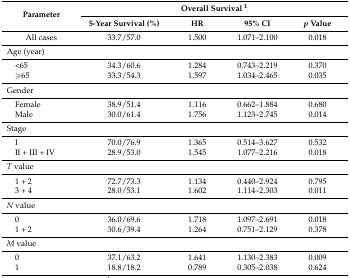
<table><thead><tr><td rowspan="2"><b>Parameter</b></td><td colspan="4"><b>Overall Survival <sup>1</sup></b></td></tr><tr><td><b>5-Year Survival (%)</b></td><td><b>HR</b></td><td><b>95% CI</b></td><td><b><i>p</i> Value</b></td></tr></thead><tbody><tr><td>All cases</td><td>33.7/57.0</td><td>1.500</td><td>1.071–2.100</td><td>0.018</td></tr><tr><td colspan="5">Age (year)</td></tr><tr><td> &lt;65</td><td>34.3/60.6</td><td>1.284</td><td>0.743–2.219</td><td>0.370</td></tr><tr><td> ≥65</td><td>33.3/54.3</td><td>1.597</td><td>1.034–2.465</td><td>0.035</td></tr><tr><td colspan="5">Gender</td></tr><tr><td> Female</td><td>38.9/51.4</td><td>1.116</td><td>0.662–1.884</td><td>0.680</td></tr><tr><td> Male</td><td>30.0/61.4</td><td>1.756</td><td>1.123–2.745</td><td>0.014</td></tr><tr><td colspan="5">Stage</td></tr><tr><td> I</td><td>70.0/76.9</td><td>1.365</td><td>0.514–3.627</td><td>0.532</td></tr><tr><td> II + III + IV</td><td>28.9/53.0</td><td>1.545</td><td>1.077–2.216</td><td>0.018</td></tr><tr><td colspan="5"><i>T</i> value</td></tr><tr><td> 1 + 2</td><td>72.7/73.3</td><td>1.134</td><td>0.440–2.924</td><td>0.795</td></tr><tr><td> 3 + 4</td><td>28.0/53.1</td><td>1.602</td><td>1.114–2.303</td><td>0.011</td></tr><tr><td colspan="5"><i>N</i> value</td></tr><tr><td> 0</td><td>36.0/69.6</td><td>1.718</td><td>1.097–2.691</td><td>0.018</td></tr><tr><td> 1 + 2</td><td>30.6/39.4</td><td>1.264</td><td>0.751–2.129</td><td>0.378</td></tr><tr><td colspan="5"><i>M</i> value</td></tr><tr><td> 0</td><td>37.1/63.2</td><td>1.641</td><td>1.130–2.383</td><td>0.009</td></tr><tr><td> 1</td><td>18.8/18.2</td><td>0.789</td><td>0.305–2.038</td><td>0.624</td></tr></tbody></table>